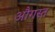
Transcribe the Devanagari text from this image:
औगस्त